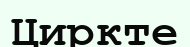
Циркте